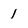
Character: 1